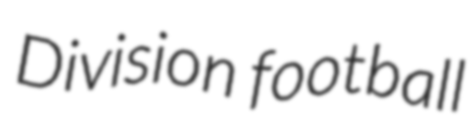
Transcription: Division football